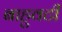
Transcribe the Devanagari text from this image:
बाहुवटीं